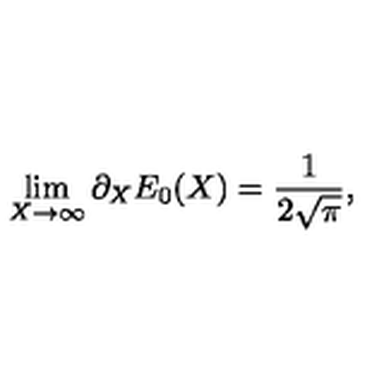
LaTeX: \lim _ { X \rightarrow \infty } \partial _ { X } E _ { 0 } ( X ) = { \frac { 1 } { 2 \sqrt { \pi } } } ,